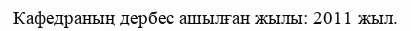
Кафедраның дербес ашылған жылы: 2011 жыл.